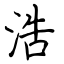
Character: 浩